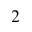
2